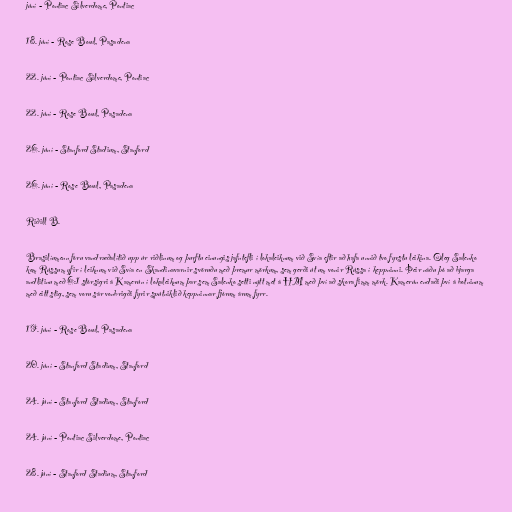
júní - Pontiac Silverdome, Pontiac

18. júní - Rose Bowl, Pasadena

22. júní - Pontiac Silverdome, Pontiac

22. júní - Rose Bowl, Pasadena

26. júní - Stanford Stadium, Stanford

26. júní - Rose Bowl, Pasadena

Riðill B.

Brasilíumenn fóru vandræðalítið upp úr riðlinum og þurftu einungis jafntefli í lokaleiknum við Svía eftir að hafa unnið tvo fyrstu leikina. Oleg Salenko
kom Rússum yfir í leiknum við Svía en Skandinavarnir svöruðu með þremur mörkum, sem gerði út um vonir Rússa í keppninni. Þeir náðu þó að bjarga
andlitinu með 6:1 stórsigri á Kamerún í lokaleiknum þar sem Salenko setti nýtt met á HM með því að skora fimm mörk. Kamerún endaði því á botninum
með eitt stig, sem voru sár vonbrigði fyrir spútniklið keppninnar fjórum árum fyrr.

19. júní - Rose Bowl, Pasadena

20. júní - Stanford Stadium, Stanford

24. júní - Stanford Stadium, Stanford

24. júní - Pontiac Silverdome, Pontiac

28. júní - Stanford Stadium, Stanford